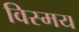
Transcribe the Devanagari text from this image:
विस्‍मय